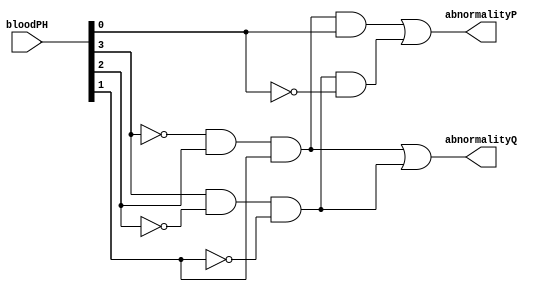
`timescale 1ns / 1ps
`default_nettype none

/*
**********************************************************
** Logic Design Final Project Fall, 2019 Semester
** Amirkabir University of Technology (Tehran Polytechnic)
** Department of Computer Engineering (CEIT-AUT)
** Logic Circuit Design Laboratory
** https://ceit.aut.ac.ir
**********************************************************
** Student ID: XXXXXXX
** Student ID: XXXXXXX
**********************************************************
** Module Name:
**********************************************************
** Additional Comments:
*/

module BloodPHAnalyzer(
        bloodPH,
        abnormalityP,
        abnormalityQ);
input [3:0] bloodPH;
output abnormalityP;
output abnormalityQ;
assign abnormalityP = ~bloodPH[3] & bloodPH[2] & bloodPH[1] & bloodPH[0] | bloodPH[3] & ~bloodPH[2] & ~bloodPH[1] & ~bloodPH[0];
assign abnormalityQ = ~bloodPH[3] & bloodPH[2] & bloodPH[1] | bloodPH[3] & ~bloodPH[2] & ~bloodPH[1];
endmodule